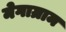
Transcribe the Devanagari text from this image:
मेगाग्राम